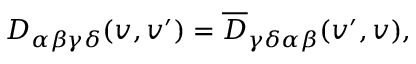
D _ { \alpha \beta \gamma \delta } ( v , v ^ { \prime } ) = \overline { { { D } } } _ { \gamma \delta \alpha \beta } ( v ^ { \prime } , v ) ,